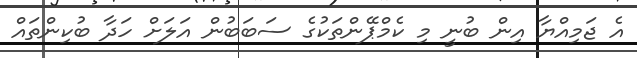
އެ ޖަމިއްޔާ އިން ބުނީ މި ކެމްޕޭންތަކުގެ ސަބަބުން އަލަށް ހަދާ ބުކިންތައް